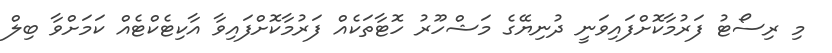
މި ރިސޯޓު ފަރުމާކޮށްފައިވަނީ ދުނިޔޭގެ މަޝްހޫރު ހޮޓާތަކެއް ފަރުމާކޮށްފައިވާ އާކިޓެކްޓެއް ކަމަށްވާ ބިލް